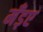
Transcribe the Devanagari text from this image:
मँड़ए